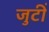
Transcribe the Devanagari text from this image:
जुटीं